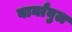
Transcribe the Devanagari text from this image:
वार्नांबुल